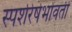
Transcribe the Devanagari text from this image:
स्पर्शरेषेभोवती